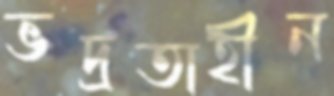
ভদ্রতাহীন